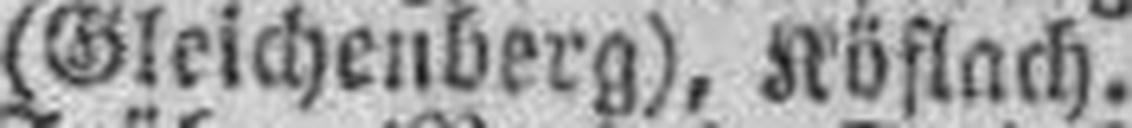
(Gleichenberg), Köflach.